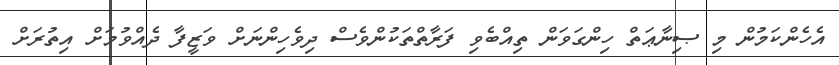
އެހެންކަމުން މި ޞިނާޢަތް ހިންގަވަން ތިއްބެވި ފަރާތްތަކުންވެސް ދިވެހިންނަށް ވަޒީފާ ދެއްވުމަށް އިތުރަށް